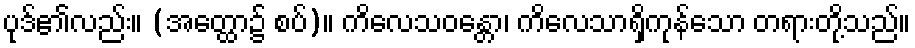
ပုဒ်၏လည်း။ (အတ္ထော၌ စပ်)။ ကိလေသဝန္တော၊ ကိလေသာရှိကုန်သော တရားတို့သည်။